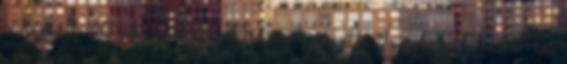
eurófiú? 10 ok, amiért Orbán győzött Így lesz 2030-ra